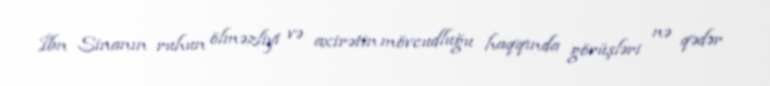
İbn Sinanın ruhun ölməzliyi və axirətin mövcudluğu haqqında görüşləri nə qədər